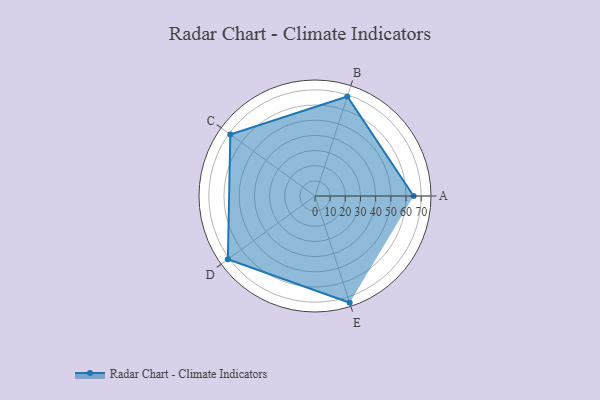
{"axis": {"x": "Skill", "y": "Score"}, "legend": ["Profile"], "data": [{"x": "A", "y": 65.0, "type": "Profile"}, {"x": "B", "y": 69.0, "type": "Profile"}, {"x": "C", "y": 69.0, "type": "Profile"}, {"x": "D", "y": 71.0, "type": "Profile"}, {"x": "E", "y": 74.0, "type": "Profile"}]}